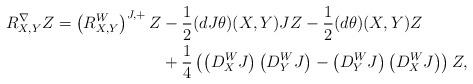
LaTeX: \begin{align*} R^\nabla_{X,Y}Z=\left(R^W_{X,Y}\right)^{J,+}Z & -\frac{1}{2}(dJ\theta)(X,Y)JZ-\frac{1}{2}(d\theta)(X,Y)Z\\ & +\frac{1}{4}\left(\left(D^W_XJ\right)\left(D^W_YJ\right) -\left(D^W_YJ\right)\left(D^W_XJ\right) \right)Z, \end{align*}